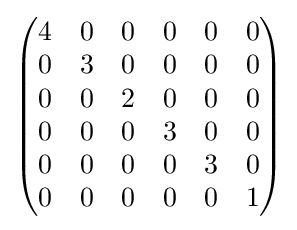
{\begin{pmatrix}4&0&0&0&0&0\\0&3&0&0&0&0\\0&0&2&0&0&0\\0&0&0&3&0&0\\0&0&0&0&3&0\\0&0&0&0&0&1\\\end{pmatrix}}